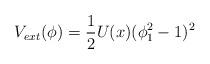
LaTeX: \begin{align*}V_{ext}(\phi ) = {1\over 2} U(x) (\phi_1^2 - 1 )^2\end{align*}